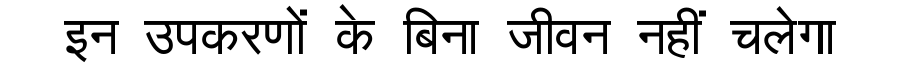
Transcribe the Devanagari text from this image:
इन उपकरणों के बिना जीवन नहीं चलेगा